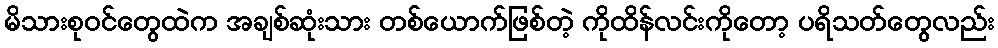
မိသားစုဝင်တွေထဲက အချစ်ဆုံးသား တစ်ယောက်ဖြစ်တဲ့ ကိုထိန်လင်းကိုတော့ ပရိသတ်တွေလည်း